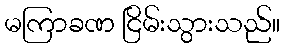
မကြာခဏ ငြိမ်းသွားသည်။